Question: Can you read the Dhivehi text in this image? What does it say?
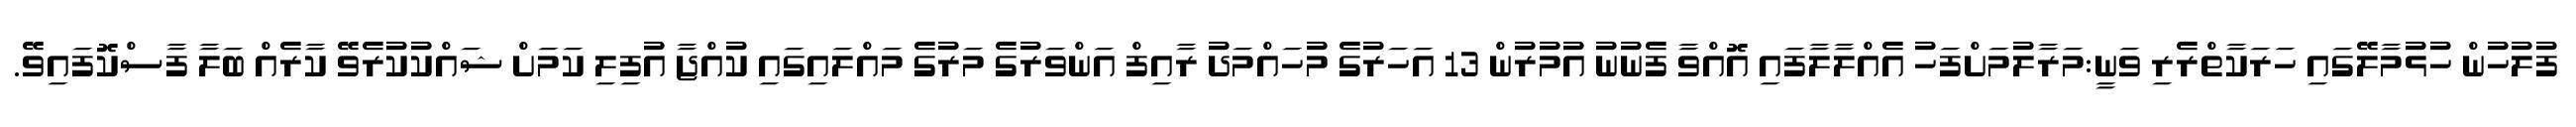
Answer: ފުލުހުން ހުޅުމާލޭގައި ހަރަކާތްރެރި ވަނީ:މަރާލުމަށްފަހު އެއްލާލާފައި އޮއްވާ ފެނުނު އުމުރުން 13 އަހަރުގެ މުހައްމަދު ރާއިފް އަންވަރުގެ މަރުގެ މައްލައިގައި ކުއްޖާ އުފިލި ކަމަށް ޝައްކުކުރެވޭ ކާރެއް ބަލާ ފާސްކޮފައިވޭ.